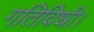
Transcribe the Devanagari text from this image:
गतिविधी।